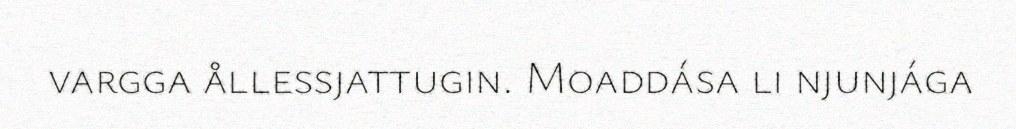
vargga ållessjattugin. Moaddása li njunjága